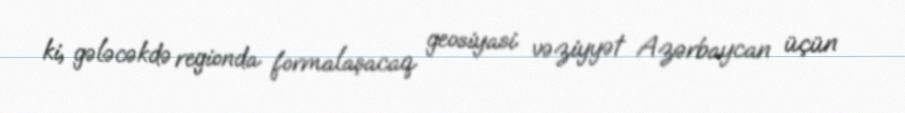
ki, gələcəkdə regionda formalaşacaq geosiyasi vəziyyət Azərbaycan üçün